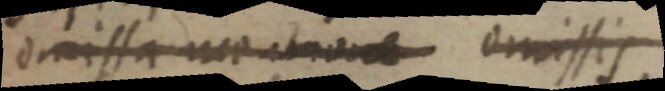
_ omissis